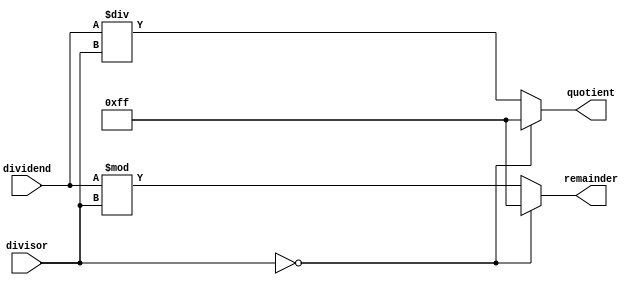
module Asynchronous_Divider (
    input wire [7:0] dividend,
    input wire [7:0] divisor,
    output reg [7:0] quotient,
    output reg [7:0] remainder
);

always @* begin
    if(divisor == 0) begin
        quotient <= 8'hFF; // handle division by zero
        remainder <= 8'hFF;
    end else begin
        quotient <= dividend / divisor;
        remainder <= dividend % divisor;
    end
end

endmodule